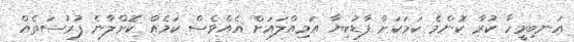
އަނބިމީހާ ކުރާ ކޮންމެ ކަމަކަށް ފާޑުކިޔާ އަމިއްލައަށް އެއްވެސް ކަމެއް ކޮށްލާނެ ފުރުސަތެއް